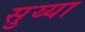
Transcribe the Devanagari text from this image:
सुय्या